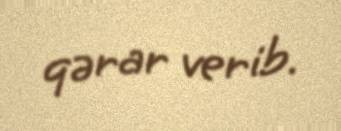
qərar verib.